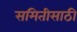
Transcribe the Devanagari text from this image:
समितीसाठी